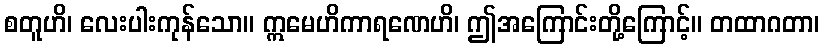
စတူဟိ၊ လေးပါးကုန်သော။ ဣမေဟိကာရဏေဟိ၊ ဤအကြောင်းတို့ကြောင့်။ တထာဂတာ၊